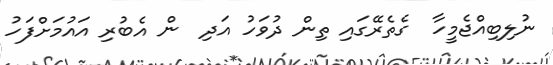
ނުލިބިއްޖެމީހާ  ގެތެރޭގައި ތިން ދުވަހު އަދި  ން އެބުރި އައުމަށްފަހު